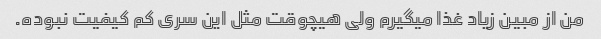
من از مبین زیاد غذا میگیرم ولی هیچوقت مثل این سری کم کیفیت نبوده.